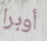
أوبرا